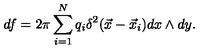
d f = 2 \pi \sum _ { i = 1 } ^ { N } q _ { i } \delta ^ { 2 } ( \vec { x } - \vec { x } _ { i } ) d x \wedge d y .